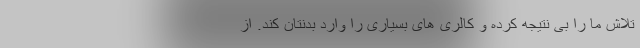
تلاش ما را بی نتیجه کرده و کالری های بسیاری را وارد بدنتان کند. از